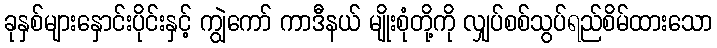
ခုနှစ်များနှောင်းပိုင်းနှင့် ကျွဲကော် ကာဒီနယ် မျိုးစုံတို့ကို လျှပ်စစ်သွပ်ရည်စိမ်ထားသော